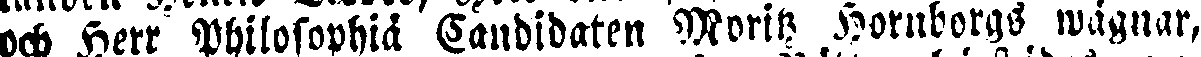
och Herr Philosophiä Candidaten Moritz Hornborgs wågnar,